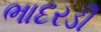
ભાદરડી